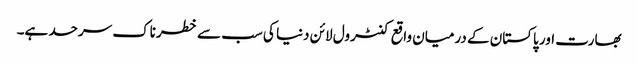
بھارت اور پاکستان کے درمیان واقع کنٹرول لائن دنیا کی سب سے خطرناک سرحد ہے۔